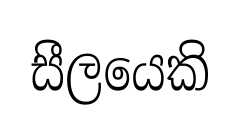
සීලයෙකි